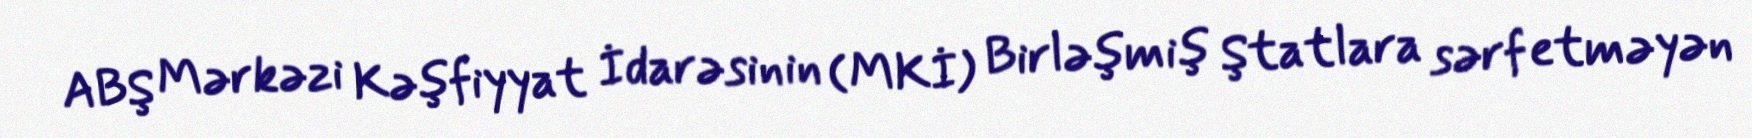
ABŞ Mərkəzi Kəşfiyyat İdarəsinin (MKİ) Birləşmiş Ştatlara sərf etməyən